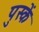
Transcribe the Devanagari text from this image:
पुस्कें